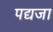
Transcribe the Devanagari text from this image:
पद्यजा